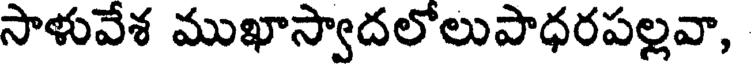
సాళువేశ ముఖాస్వాదలోలుపాధరపల్లవా,